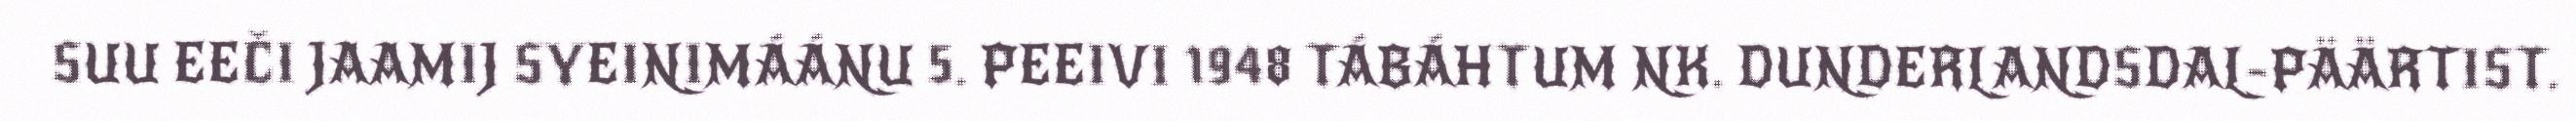
SUU EEČI JAAMIJ SYEINIMÁÁNU 5. PEEIVI 1948 TÁBÁHTUM NK. DUNDERLANDSDAL-PÄÄRTIST.